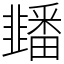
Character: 䪤